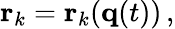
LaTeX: \mathbf{r}_{k}=\mathbf{r}_{k}(\mathbf{q}(t))\, ,